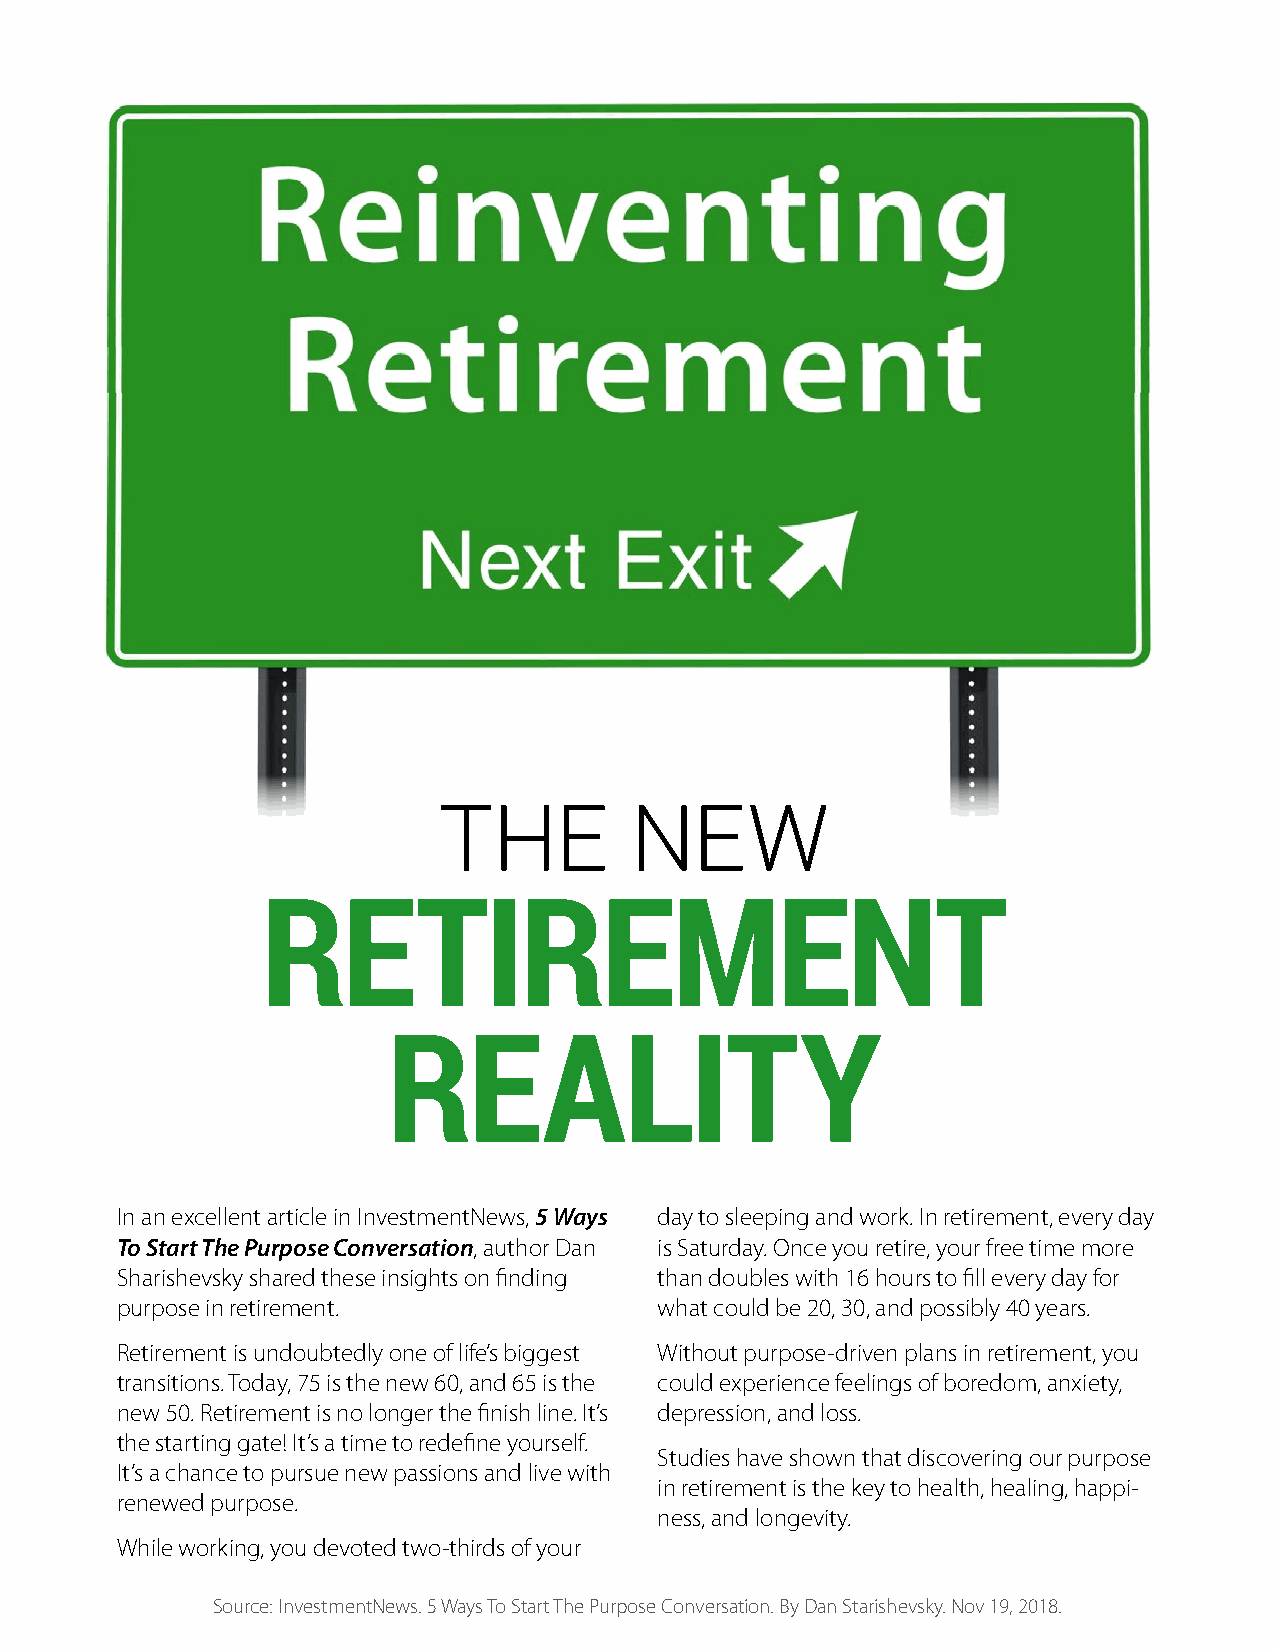
THE          NEW
 RETIREMENT
 REALITY
 In an excellent article in InvestmentNews, 5 Ways day to sleeping and work. In retirement, every day
 To Start The Purpose Conversation, author Dan is Saturday. Once you retire, your free time more
 Sharishevsky shared these insights on finding than doubles with 16 hours to fill every day for
 purpose in retirement.              what could be 20, 30, and possibly 40 years.
 Retirement is undoubtedly one of life’s biggest Without purpose-driven plans in retirement, you
 transitions. Today, 75 is the new 60, and 65 is the could experience feelings of boredom, anxiety,
 new 50. Retirement is no longer the finish line. It’s depression, and loss.
 the starting gate! It’s a time to redefine yourself.
 Studies have shown that discovering our purpose
 It’s a chance to pursue new passions and live with
 in retirement is the key to health, healing, happi-
 renewed purpose.
 ness, and longevity.
 While working, you devoted two-thirds of your
 Source: InvestmentNews. 5 Ways To Start The Purpose Conversation. By Dan Starishevsky. Nov 19, 2018.